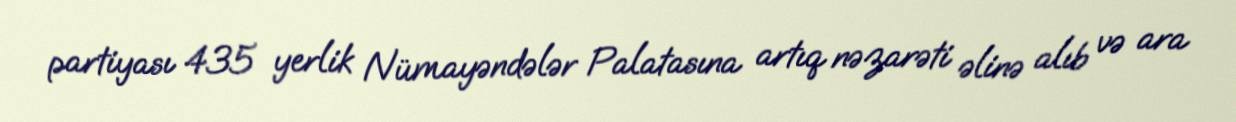
partiyası 435 yerlik Nümayəndələr Palatasına artıq nəzarəti əlinə alıb və ara